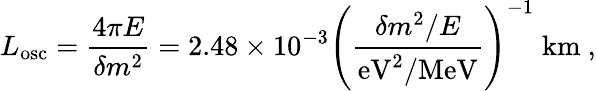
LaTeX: L_{\mathrm{osc}}=\frac{4\pi E}{\delta m^{2}}=2.48\times 10^{-3}\left(\frac{\delta m^{2}/E}{\mathrm{eV}^{2}/\mathrm{MeV}}\right)^{-1}\; \mathrm{km}\ ,